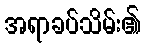
အရာခပ်သိမ်း၏